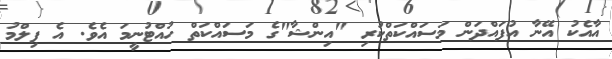
އާއެކު އޭނާ އުފައްދަން މަސައްކަތްކުރި "އިންޝާ"ގެ މަސައްކަތް ހުއްޓުނީމަ އެވެ. އެ ފިލްމު